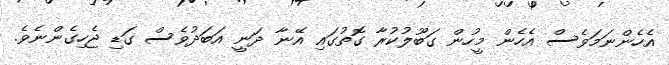
އެހެންނަމަވެސް އެހެން މީހުން ގަބޫލުކުރާ ގޮތުގައި އޭނާ ދަނީ އަބަދުވެސް ގަޑި ޖެހިގެންނެވެ.